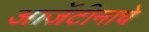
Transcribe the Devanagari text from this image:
आर्जेंटीनाचे